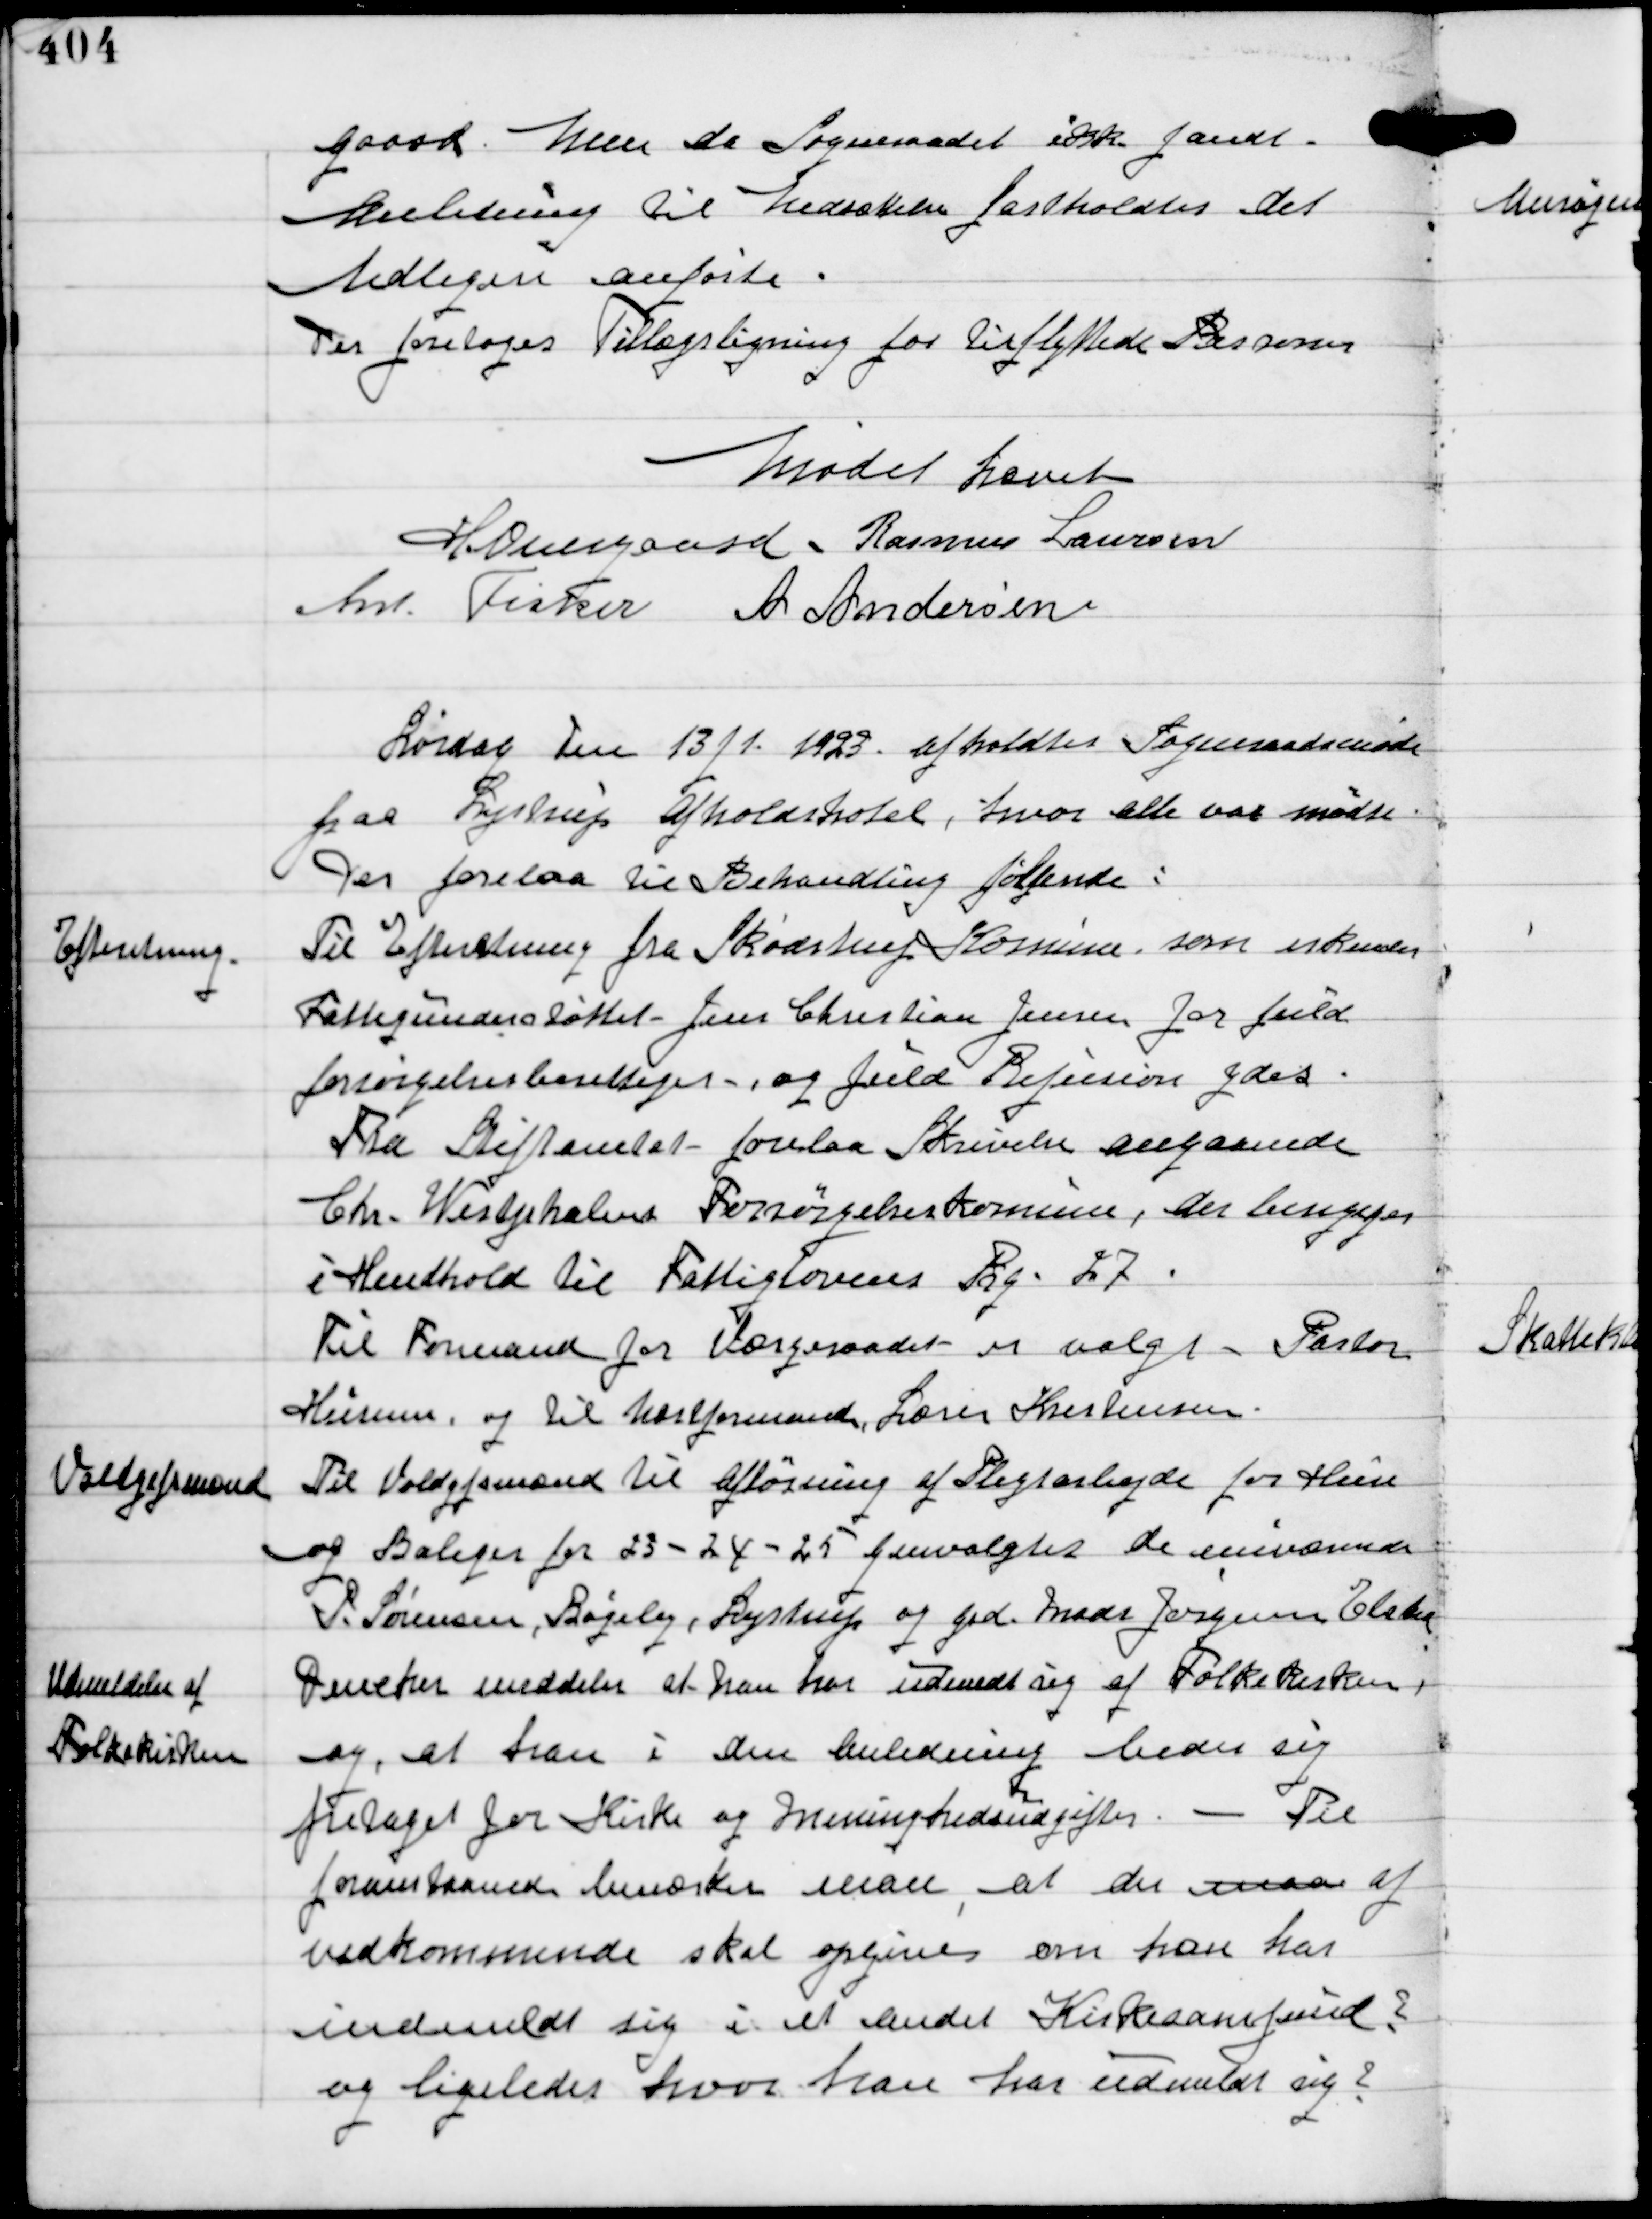
Transskription:
gaard. Men da Sogneraadet ikke fandt
Anledning til Nedsættelse fastholdtes det
tidligere anførte
Der foretoges Tillægsligning for tilflyttede Personer

Mødet hævet
H Overgaard, Rasmus Laursen
Ant Fisker A Andersen

Lørdag Den 13/1 1923 afholdtes Sogneraadsmøde
paa Lystrup Afholdshotel, hvor alle var mødte.
Der forelaa til Behandling følgende:

Efterretning

Til Efterretning fra Skødstrup Komune, som erkender
Fattigunderstøttet - Jens Christian Jensen for fuld
forsørgelsesberettiget - og fuld Refusion ydes.
Fra Stiftamtet - forelaa Skrivelse angaaende
Chr. Westpholms Forsørgelseskomune, der hengives
i Henhold til Fattiglovens Prg. 27.
Til Formand for Værgeraadet er valgt - Pastor
Husum, og til Næstformand, Lærer Kristensen.

Voldgiftsmænd

Til Voldgiftsmænd til Afløsning af Pligtarbejde for Huse
og Boliger for 23-24-25 genvalgtes de nuværende
P. Sørensen, Bøgely, Lystrup og Grd Mads Jørgensen Elsted

Udmeldelse af
Folkekirken

Dencker meddeler at han har udmeldt sig af Folkekirken
og, at han i den Anledning beder sig
fritaget for Kirke og Menighedsudgifter. - Til
foranstaaende bemærker man, at der maa af
vedkommende skal opgives om han har
indmeldt sig i et andet Kirkesamfund?
og ligeledes hvor han har udmeldt sig?